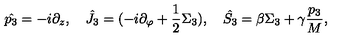
\hat { p _ { 3 } } = - i \partial _ { z } , \quad \hat { J _ { 3 } } = ( - i \partial _ { \varphi } + { \frac { 1 } { 2 } } \Sigma _ { 3 } ) , \quad \hat { S _ { 3 } } = \beta \Sigma _ { 3 } + \gamma { \frac { p _ { 3 } } { M } } ,